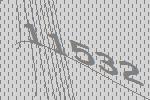
11532